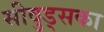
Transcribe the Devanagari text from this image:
सीवुड्सका